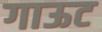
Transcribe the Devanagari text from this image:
गाऊट